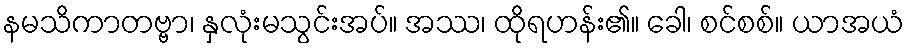
နမသိကာတဗ္ဗာ၊ နှလုံးမသွင်းအပ်။ အဿ၊ ထိုရဟန်း၏။ ခေါ၊ စင်စစ်။ ယာအယံ